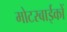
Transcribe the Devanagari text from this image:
मोटरबाईकों